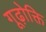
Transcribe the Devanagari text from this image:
गूढ़ोक्ति